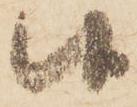
候